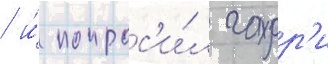
/ и́ попрос'и́л гарр'и